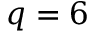
q = 6